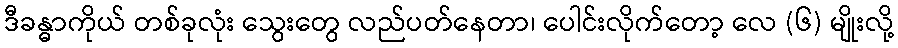
ဒီခန္ဓာကိုယ် တစ်ခုလုံး သွေးတွေ လည်ပတ်နေတာ၊ ပေါင်းလိုက်တော့ လေ (၆) မျိုးလို့